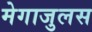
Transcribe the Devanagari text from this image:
मेगाजुलस